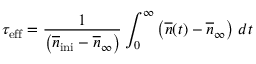
\tau _ { \mathrm { e f f } } = \frac { 1 } { \left( \overline { { n } } _ { \mathrm { i n i } } - \overline { { n } } _ { \infty } \right) } \int _ { 0 } ^ { \infty } \left( \overline { { n } } ( t ) - \overline { { n } } _ { \infty } \right) \, d t